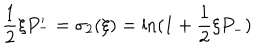
LaTeX: \frac { 1 } { 2 } \xi P _ { - } ^ { \prime } = \sigma _ { 2 } ( \xi ) = \ln ( 1 + \frac { 1 } { 2 } \xi P _ { - } )